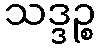
သဒ္ဒဉ္စ